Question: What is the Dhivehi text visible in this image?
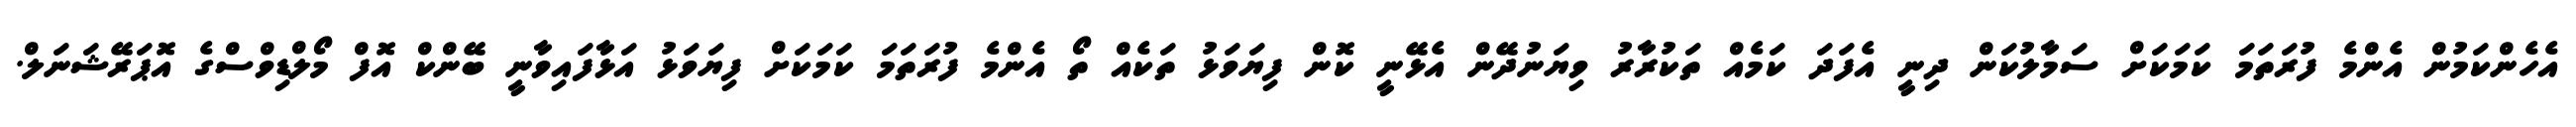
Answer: އެހެންކަމުން އެންމެ ފުރަތަމަ ކަމަކަށް ސަމާލުކަން ދިނީ އެފަދަ ކަމެއް ތަކުރާރު ވިޔަނުދޭން އެޅޭނީ ކޮން ފިޔަވަޅު ތަކެއް ތޯ އެންމެ ފުރަތަމަ ކަމަކަށް ފިޔަވަޅު އަޅާފައިވާނީ ބޭންކް އޮފް މޯލްޑިވްސްގެ އޮޕަރޭޝަނަލް.